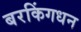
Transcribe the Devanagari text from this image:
बरकिंगधन